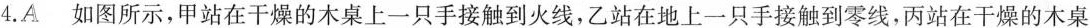
4.A 如图所示，甲站在干燥的木桌上一只手接触到火线，乙站在地上一只手接触到零线，丙站在干燥的木桌